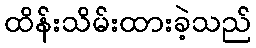
ထိန်းသိမ်းထားခဲ့သည်